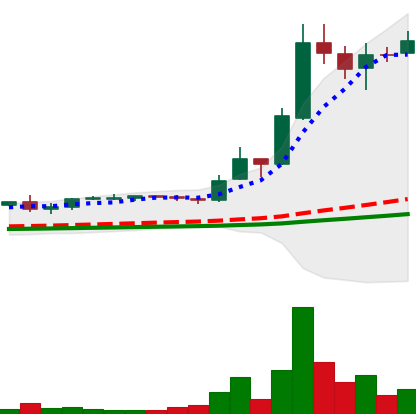
Ticker: LTC-USD
Chart end date: 2017-12-17
Forward return: -16.876%
Label: down_7plus